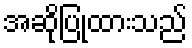
အဆိုပြုထားသည်